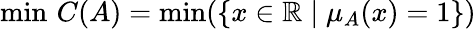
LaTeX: \operatorname*{min}\, C(A)=\operatorname*{min}(\{ x\in\mathbb{R}\mid\mu_{A}(x)=1\} )